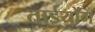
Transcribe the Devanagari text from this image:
ताईयोंग